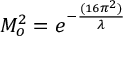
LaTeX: M _ { o } ^ { 2 } = e ^ { - { \frac { ( 1 6 \pi ^ { 2 } ) } { \lambda } } }